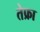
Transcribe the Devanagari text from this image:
तेफ्रा